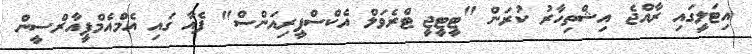
އިޓަލީގައި ރާއްޖެ އިޝްތިހާރު ކުރަން "ޓީޓީޖީ ޓްރެވަލް އެކްސްޕީރިއަންސް" ފެއާ ގައި އެމްއެމްޕީއާރްސީން